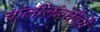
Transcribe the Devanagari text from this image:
चालींसंबंधीची